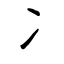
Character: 冫